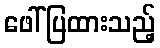
ဖေါ်ပြထားသည့်